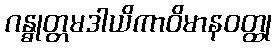
ဂန္ဓုတ္တမဒါယိကာဝိမာနဝတ္ထု